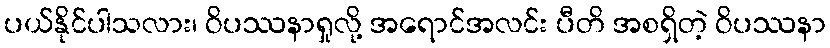
ပယ်နိုင်ပါသလား၊ ဝိပဿနာရှုလို့ အရောင်အလင်း ပီတိ အစရှိတဲ့ ဝိပဿနာ